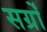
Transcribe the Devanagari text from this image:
सर्ग्रों